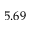
5 . 6 9